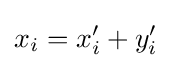
x_{i}=x'_{i}+y'_{i}